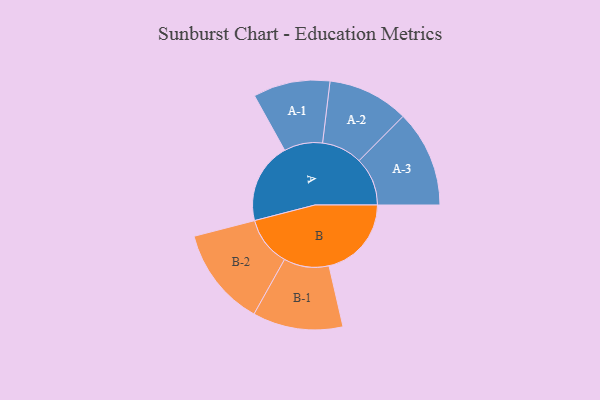
{"axis": {"x": "Segment", "y": "Value"}, "legend": ["", "A", "B"], "data": [{"x": "A", "y": 349, "type": ""}, {"x": "B", "y": 356, "type": ""}, {"x": "A-1", "y": 166, "type": "A"}, {"x": "A-2", "y": 175, "type": "A"}, {"x": "A-3", "y": 209, "type": "A"}, {"x": "B-1", "y": 195, "type": "B"}, {"x": "B-2", "y": 214, "type": "B"}]}